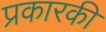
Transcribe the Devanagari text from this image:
प्रकारकी